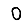
Digit: 0